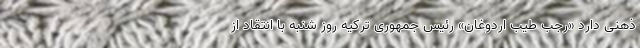
ذهنی دارد «رجب طیب اردوغان» رئیس جمهوری ترکیه روز شنبه با انتقاد از